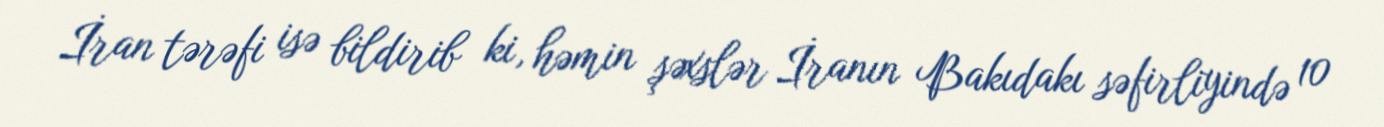
İran tərəfi isə bildirib ki, həmin şəxslər İranın Bakıdakı səfirliyində 10